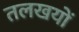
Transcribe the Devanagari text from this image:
तलखयों